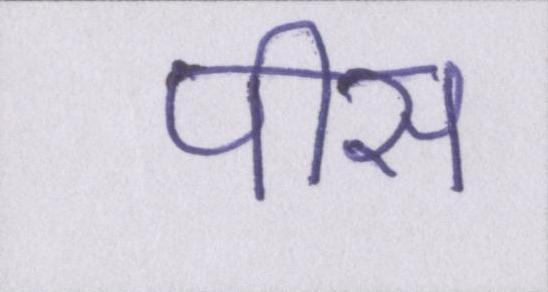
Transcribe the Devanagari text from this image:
पीस